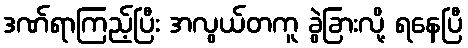
ဒဏ်ရာကြည့်ပြီး အလွယ်တကူ ခွဲခြားလို့ ရနေပြီ